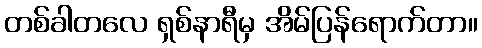
တစ်ခါတလေ ရှစ်နာရီမှ အိမ်ပြန်ရောက်တာ။